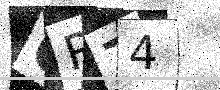
Text: OR74